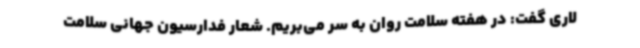
لاری گفت: در هفته سلامت روان به سر می‌بریم. شعار فدارسیون جهانی سلامت